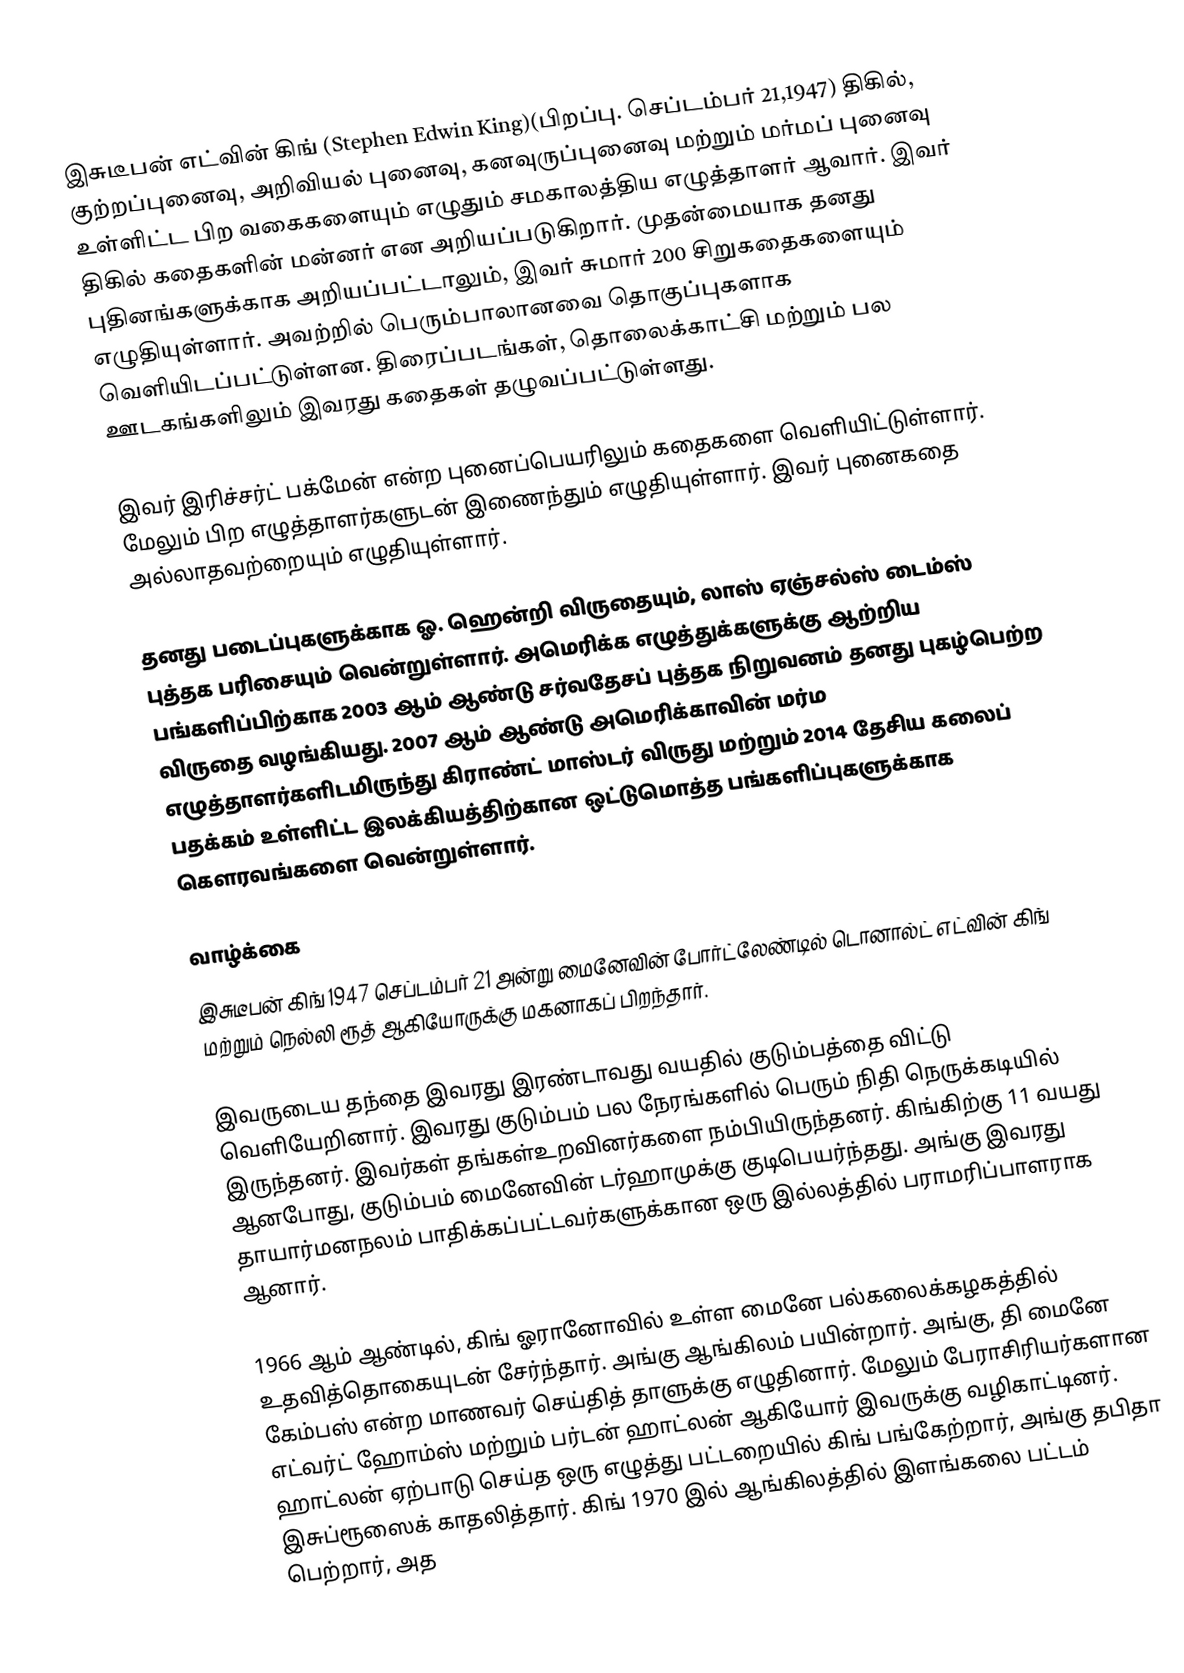
இசுடீபன் எட்வின் கிங் (Stephen Edwin King)(பிறப்பு. செப்டம்பர் 21,1947)  திகில், குற்றப்புனைவு, அறிவியல் புனைவு, கனவுருப்புனைவு மற்றும் மர்மப் புனைவு உள்ளிட்ட பிற வகைகளையும் எழுதும் சமகாலத்திய எழுத்தாளர் ஆவார். இவர் திகில் கதைகளின் மன்னர் என அறியப்படுகிறார். முதன்மையாக தனது புதினங்களுக்காக அறியப்பட்டாலும், இவர் சுமார் 200 சிறுகதைகளையும் எழுதியுள்ளார். அவற்றில் பெரும்பாலானவை தொகுப்புகளாக வெளியிடப்பட்டுள்ளன.  திரைப்படங்கள், தொலைக்காட்சி மற்றும் பல ஊடகங்களிலும் இவரது கதைகள் தழுவப்பட்டுள்ளது.

இவர் இரிச்சர்ட் பக்மேன் என்ற புனைப்பெயரிலும் கதைகளை வெளியிட்டுள்ளார். மேலும் பிற எழுத்தாளர்களுடன் இணைந்தும் எழுதியுள்ளார். இவர் புனைகதை அல்லாதவற்றையும் எழுதியுள்ளார்.

தனது படைப்புகளுக்காக ஓ. ஹென்றி விருதையும், லாஸ் ஏஞ்சல்ஸ் டைம்ஸ் புத்தக பரிசையும் வென்றுள்ளார். அமெரிக்க எழுத்துக்களுக்கு ஆற்றிய பங்களிப்பிற்காக  2003 ஆம் ஆண்டு சர்வதேசப் புத்தக நிறுவனம் தனது புகழ்பெற்ற விருதை வழங்கியது. 2007 ஆம் ஆண்டு அமெரிக்காவின் மர்ம எழுத்தாளர்களிடமிருந்து கிராண்ட் மாஸ்டர் விருது மற்றும் 2014 தேசிய கலைப் பதக்கம் உள்ளிட்ட இலக்கியத்திற்கான ஒட்டுமொத்த பங்களிப்புகளுக்காக கௌரவங்களை வென்றுள்ளார்.

வாழ்க்கை
இசுடீபன் கிங் 1947 செப்டம்பர் 21 அன்று மைனேவின் போர்ட்லேண்டில் டொனால்ட் எட்வின் கிங் மற்றும் நெல்லி ரூத் ஆகியோருக்கு மகனாகப் பிறந்தார்.

இவருடைய தந்தை இவரது இரண்டாவது வயதில்  குடும்பத்தை விட்டு வெளியேறினார். இவரது குடும்பம் பல நேரங்களில் பெரும் நிதி நெருக்கடியில் இருந்தனர். இவர்கள் தங்கள்உறவினர்களை நம்பியிருந்தனர். கிங்கிற்கு 11 வயது ஆனபோது, குடும்பம் மைனேவின் டர்ஹாமுக்கு குடிபெயர்ந்தது. அங்கு இவரது தாயார்மனநலம் பாதிக்கப்பட்டவர்களுக்கான ஒரு இல்லத்தில்  பராமரிப்பாளராக ஆனார்.

1966 ஆம் ஆண்டில், கிங் ஓரானோவில் உள்ள மைனே பல்கலைக்கழகத்தில் உதவித்தொகையுடன் சேர்ந்தார். அங்கு ஆங்கிலம் பயின்றார். அங்கு, தி மைனே கேம்பஸ் என்ற மாணவர் செய்தித் தாளுக்கு எழுதினார். மேலும் பேராசிரியர்களான எட்வர்ட் ஹோம்ஸ் மற்றும் பர்டன் ஹாட்லன் ஆகியோர் இவருக்கு வழிகாட்டினர். ஹாட்லன் ஏற்பாடு செய்த ஒரு எழுத்து பட்டறையில் கிங் பங்கேற்றார், அங்கு  தபிதா இசுப்ரூஸைக் காதலித்தார். கிங் 1970 இல் ஆங்கிலத்தில் இளங்கலை பட்டம் பெற்றார், அத